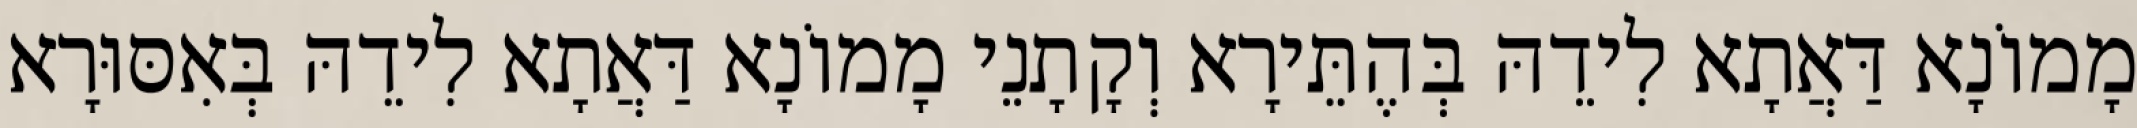
מָמוֹנָא דַּאֲתָא לִידֵהּ בְּהֶתֵּירָא וְקָתָנֵי מָמוֹנָא דַּאֲתָא לִידֵהּ בְּאִסּוּרָא